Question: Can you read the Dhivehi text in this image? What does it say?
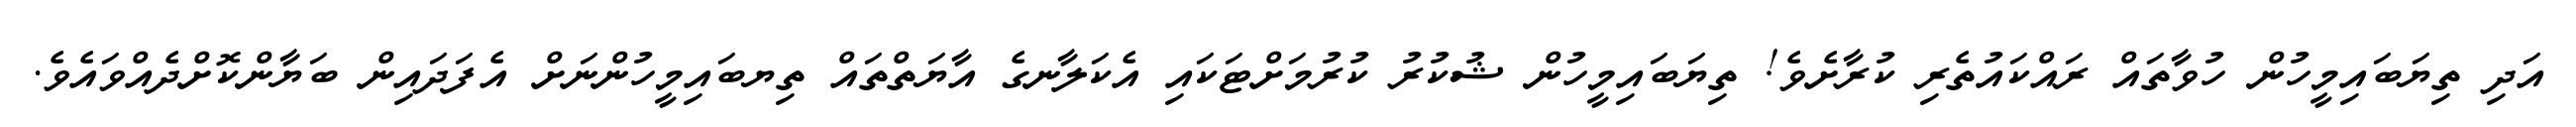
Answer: އަދި ތިޔަބައިމީހުން ހުވާތައް ރައްކައުތެރި ކުރާށެވެ! ތިޔަބައިމީހުން ޝުކުރު ކުރުމަށްޓަކައި އެކަލާނގެ އާޔަތްތައް ތިޔބައިމީހުންނަށް އެފަދައިން ބަޔާންކޮށްދެއްވައެވެ.